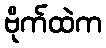
ဗိုက်ထဲက